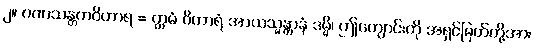
၂။ ဂဏသန္တကဝိဟာရ = ဣမံ ဝိဟာရံ အာယသ္မန္တာနံ ဒမ္မိ၊ ဤကျောင်းကို အရှင်မြတ်တို့အား